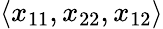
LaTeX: \langle x_{11},x_{22},x_{12}\rangle